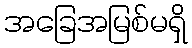
အခြေအမြစ်မရှိ